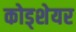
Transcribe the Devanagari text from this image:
कोड्शेयर